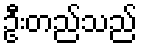
ဦးတည်သည်